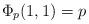
LaTeX: \begin{align*}\Phi_p (1,1) =p\end{align*}